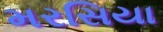
મરસિયા